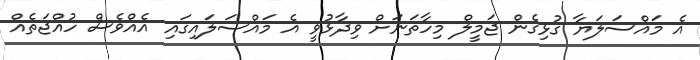
އެ މައްސަލަޔާ ގުޅިގެން ޖަމީލް މިހާތަނަށް ވިދާޅުވީ އެ މައްސަލައިގައި އެއްވެސް ހުއްޖަތެއް